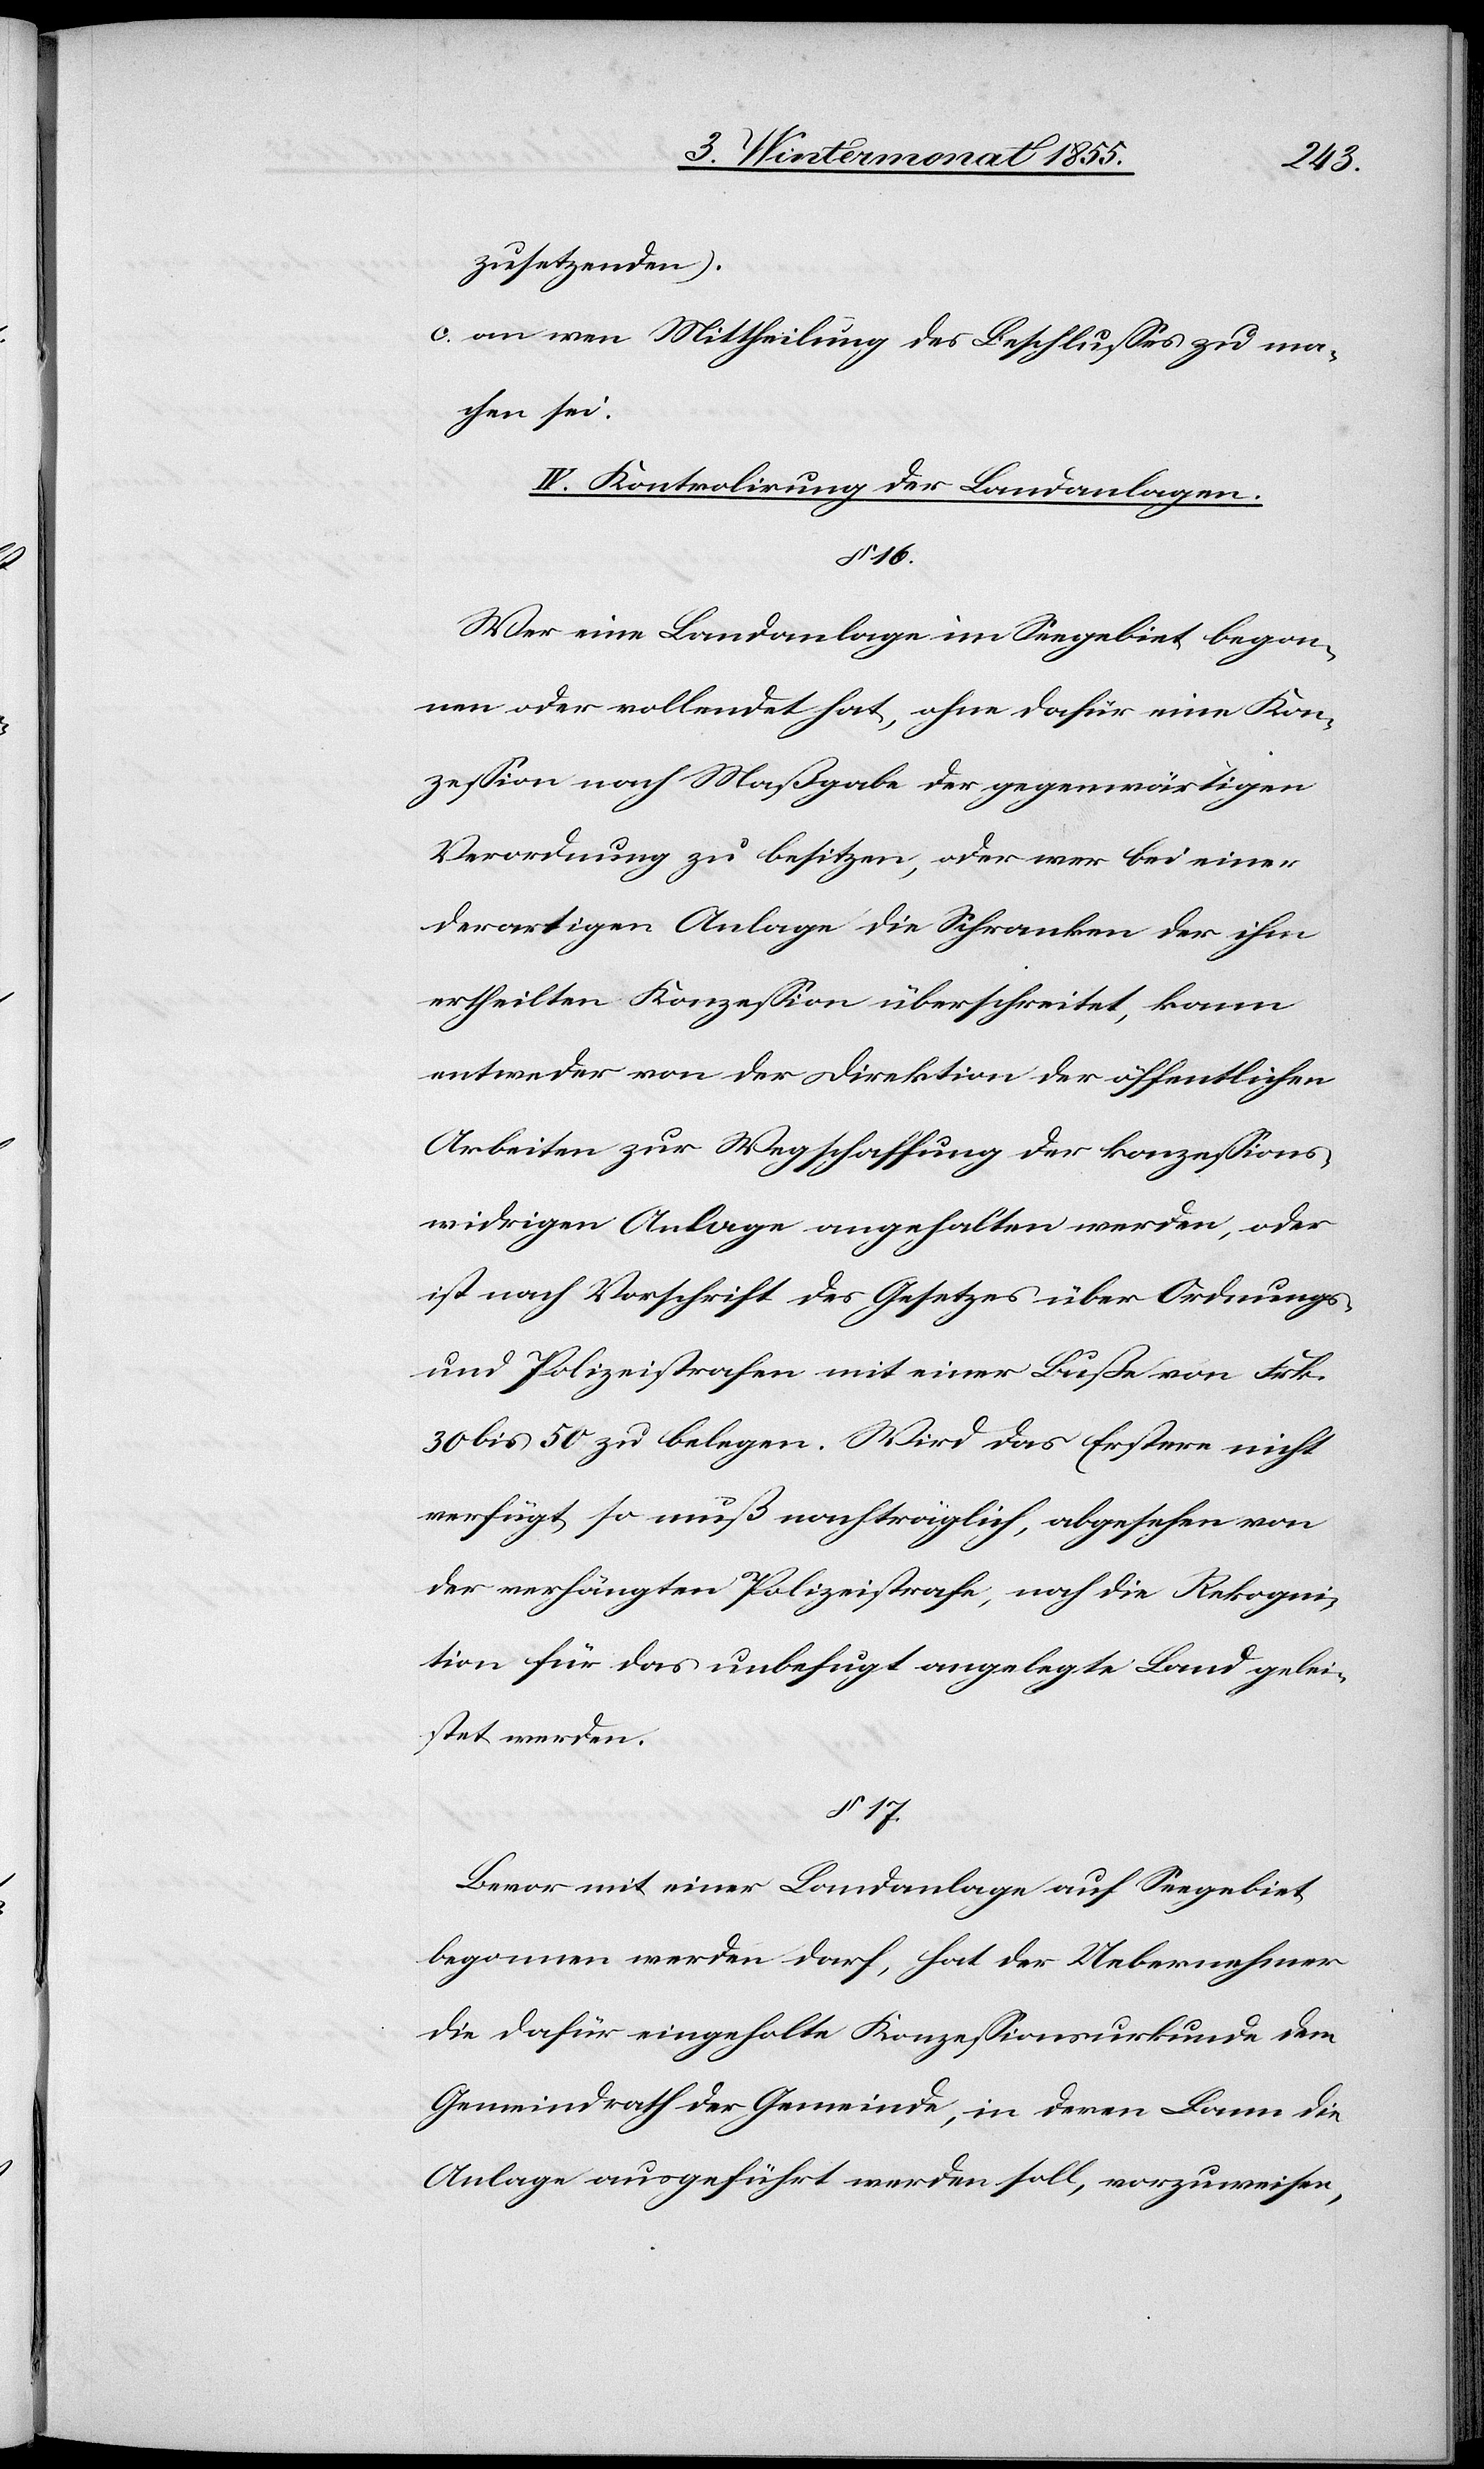
zusetzenden).
an wen Mittheilung des Beschlusses zu ma¬
chen sei.
IV. Kontrolirung der Landanlagen.
§ 16.
Wer eine Landanlage im Seegebiet begon¬
nen oder vollendet hat, ohne dafür eine Kon¬
zession nach Maßgabe der gegenwärtigen
Verordnung zu besitzen, oder wer bei einer
derartigen Anlage die Schranken der ihm
ertheilten Konzession überschreitet, kann
entweder von der Direktion der öffentlichen
Arbeiten zur Wegschaffung der konzessions¬
widrigen Anlage angehalten werden, oder
ist nach Vorschrift des Gesetzes über Ordnungs-
und Polizeistrafen mit einer Buße von Frk.
30 bis 50 zu belegen. Wird das Erstere nicht
verfügt so muß nachträglich, abgesehen von
der verhängten Polizeistrafe, noch die Rekogni¬
tion für das unbefugt angelegte Land gelei¬
stet werden.
§ 17.
Bevor mit einer Landanlage auf Seegebiet
begonnen werden darf, hat der Uebernehmer
die dafür eingeholte Konzessionsurkunde dem
Gemeindrath der Gemeinde, in deren Bann die
Anlage ausgeführt werden soll, vorzuweisen,